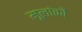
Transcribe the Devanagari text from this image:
मूलांकों